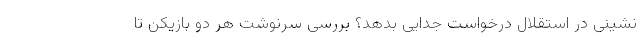
نشینی در استقلال درخواست جدایی بدهد؟ بررسی سرنوشت هر دو بازیکن تا